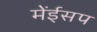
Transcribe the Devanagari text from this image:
मेंईसप